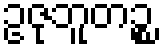
ဥဇုဘူတဉ္စ